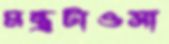
মন্ত্রটাওসা